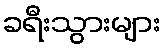
ခရီးသွားများ